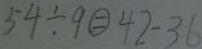
5 4 \div 9 \textcircled { = } 4 2 - 3 6